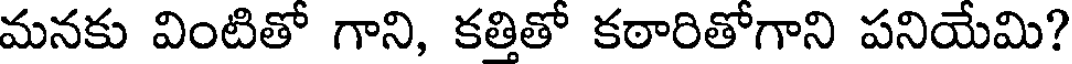
మనకు వింటితో గాని, కత్తితో కఠారితోగాని పనియేమి?